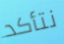
نتأكد